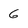
Character: G